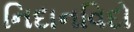
નિદાનવિદો